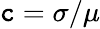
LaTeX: \mathtt{c}=\sigma/\mu